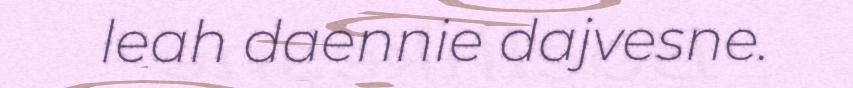
leah daennie dajvesne.